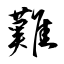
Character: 難